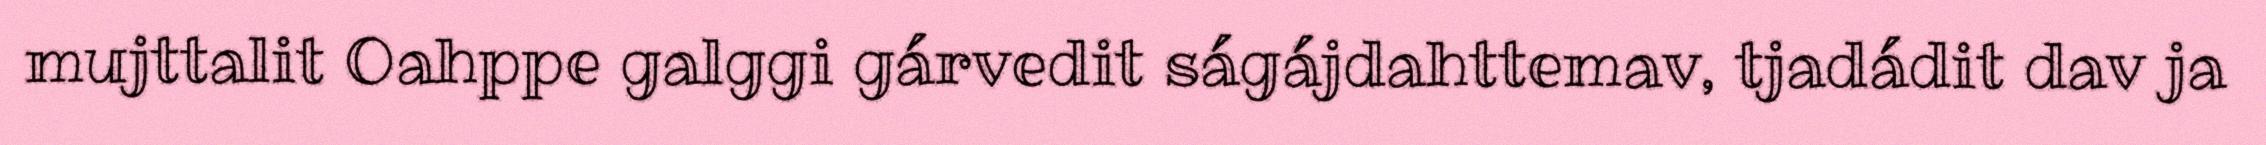
mujttalit Oahppe galggi gárvedit ságájdahttemav, tjadádit dav ja